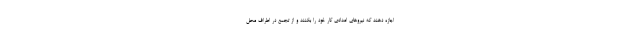
اجازه دهند که نیروهای امدادی کار خود را بکنند و از تجمع در اطراف محل